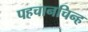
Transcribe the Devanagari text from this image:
पहचानचिन्ह